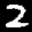
Label: 2